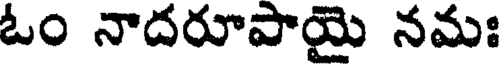
ఓం నాదరూపాయై నమః